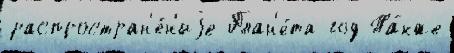
распростран'е́н'иjе План'е́та год Та́кже